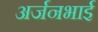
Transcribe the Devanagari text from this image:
अर्जनभाई